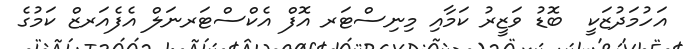
އަހުމަދުޒަކީ  ބޮޑު ވަޒީރު ކަމާއި މިނިސްޓަރ އޮފް އެކްސްޓަރނަލް އެފެއަރޒް ކަމުގެ